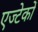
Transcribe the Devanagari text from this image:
एज्टेकों